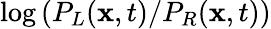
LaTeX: \log\left(P_{L}(\mathbf{x},t)/P_{R}(\mathbf{x},t)\right)